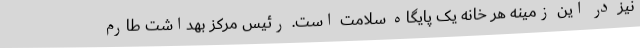
نیز در این زمینه هر خانه یک پایگاه سلامت است. رئیس مرکز بهداشت طارم